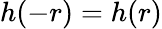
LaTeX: h(-r)=h(r)